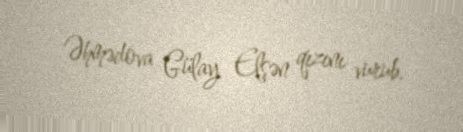
Əhmədova Gülay Elşən qızını vurub.